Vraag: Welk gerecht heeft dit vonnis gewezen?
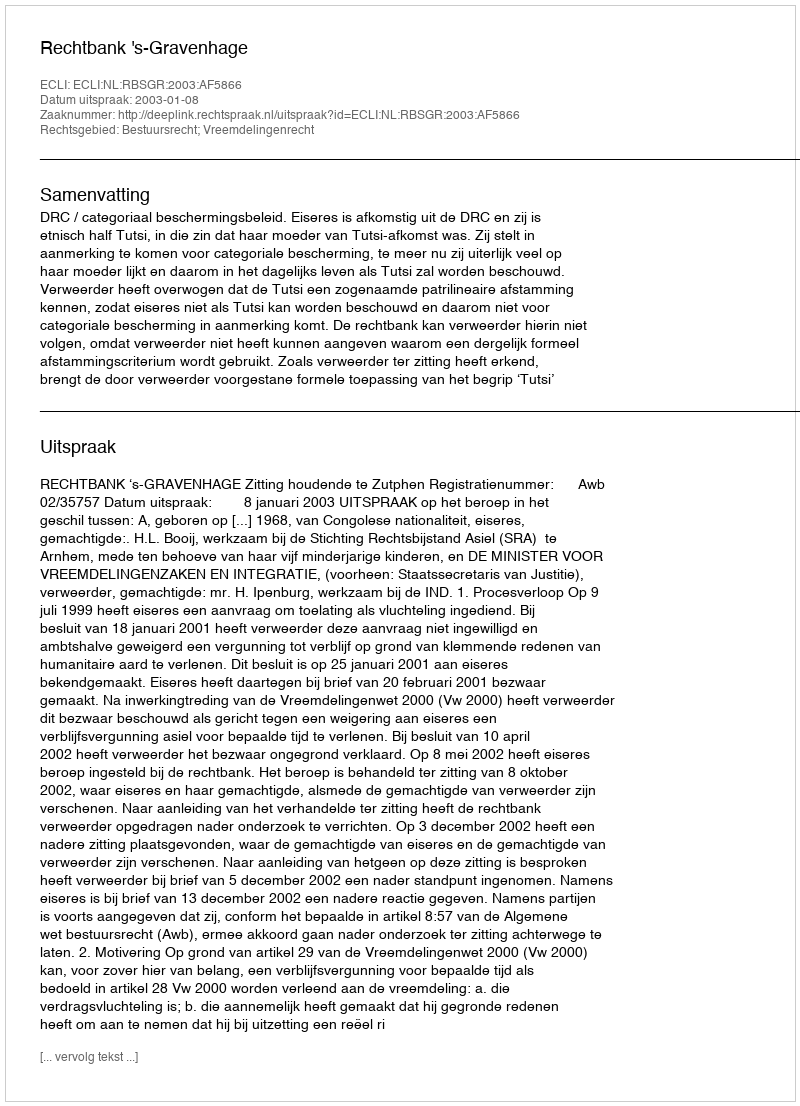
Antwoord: Rechtbank 's-Gravenhage